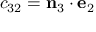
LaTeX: c _ { 3 2 } = \mathbf { n } _ { 3 } \cdot \mathbf { e } _ { 2 }